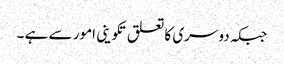
جبکہ دوسری کا تعلق تکوینی امور سے ہے ۔